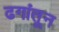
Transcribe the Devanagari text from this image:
ढगांतून